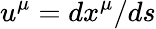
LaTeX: u^{\mu}=dx^{\mu}/ds